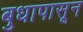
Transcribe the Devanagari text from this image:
बुधापासून